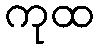
ကုထ